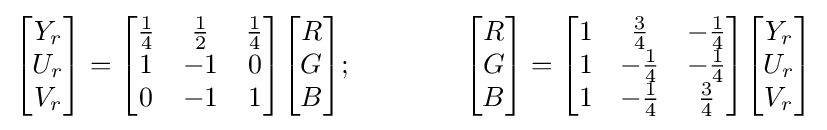
{\begin{bmatrix}Y_{r}\\U_{r}\\V_{r}\end{bmatrix}}={\begin{bmatrix}{\frac {1}{4}}&{\frac {1}{2}}&{\frac {1}{4}}\\1&-1&0\\0&-1&1\end{bmatrix}}{\begin{bmatrix}R\\G\\B\end{bmatrix}};\qquad \qquad {\begin{bmatrix}R\\G\\B\end{bmatrix}}={\begin{bmatrix}1&{\frac {3}{4}}&-{\frac {1}{4}}\\1&-{\frac {1}{4}}&-{\frac {1}{4}}\\1&-{\frac {1}{4}}&{\frac {3}{4}}\end{bmatrix}}{\begin{bmatrix}Y_{r}\\U_{r}\\V_{r}\end{bmatrix}}